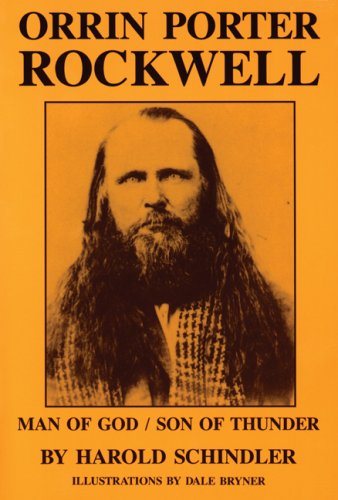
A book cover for Orrin Porter Rockwell: Man of God, Son of Thunder; Harold Schindler; Biographies & Memoirs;